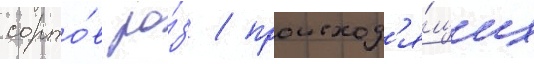
сорто́в ро́з / происход'я́щих